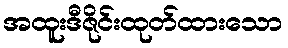
အထူးဒီဇိုင်းထုတ်ထားသော